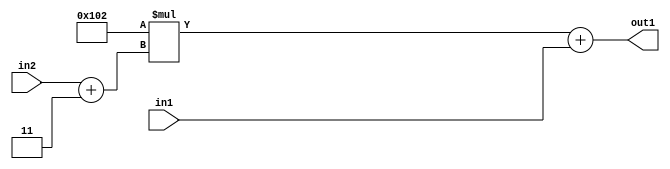
`timescale 1ps / 1ps
/*****************************************************************************
    Verilog RTL Description
    
    
    Created by: Stratus DpOpt 2019.1.01 
*******************************************************************************/

module DC_Filter_Add2u9Mul2i258Add2i3u2_4 (
	in2,
	in1,
	out1
	); /* architecture "behavioural" */ 
input [1:0] in2;
input [8:0] in1;
output [11:0] out1;
wire [11:0] asc001;
wire [2:0] asc002;

assign asc002 = 
	+(in2)
	+(3'B011);

wire [11:0] asc001_tmp_0;
assign asc001_tmp_0 = 
	+(12'B000100000010 * asc002);
assign asc001 = asc001_tmp_0
	+(in1);

assign out1 = asc001;
endmodule

/* CADENCE  uLb3SQA= : u9/ySgnWtBlWxVPRXgAZ4Og= ** DO NOT EDIT THIS LINE ******/